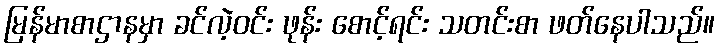
မြန်မာစာဌာနမှာ ခင်လဲ့ဝင်း ဖုန်း စောင့်ရင်း သတင်းစာ ဖတ်နေပါသည်။